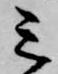
三